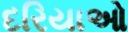
દરિયાઓ